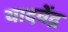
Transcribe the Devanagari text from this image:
यादवेंद्र